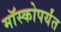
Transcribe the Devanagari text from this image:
मॉस्कोपर्यंत